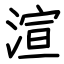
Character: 渲